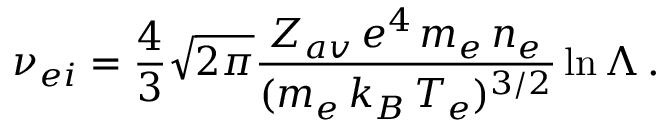
\nu _ { e i } = \frac { 4 } { 3 } \sqrt { 2 \pi } \frac { Z _ { a v } \, e ^ { 4 } \, m _ { e } \, n _ { e } } { ( m _ { e } \, k _ { B } \, T _ { e } ) ^ { 3 / 2 } } \ln { \Lambda } \, .